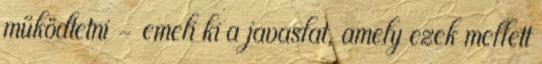
működtetni - emeli ki a javaslat, amely ezek mellett